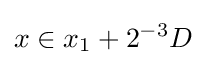
x\in x_{1}+2^{-3}D